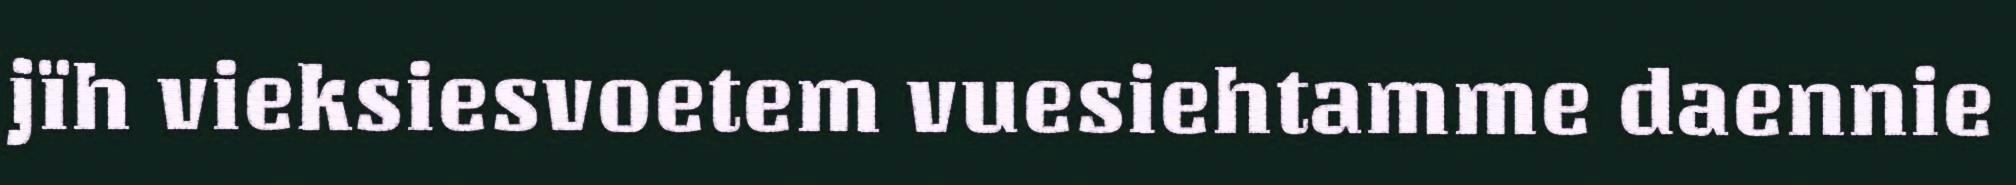
jïh vieksiesvoetem vuesiehtamme daennie